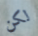
لكن